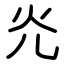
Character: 灮